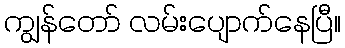
ကျွန်တော် လမ်းပျောက်နေပြီ။